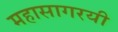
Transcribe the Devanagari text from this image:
महासागरयी